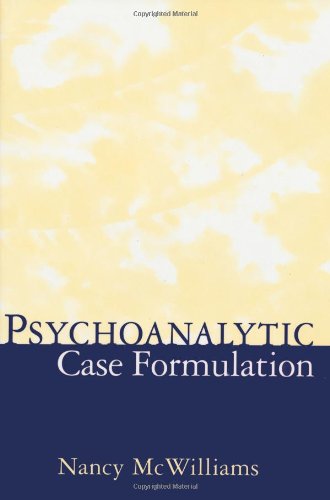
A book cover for Psychoanalytic Case Formulation; Nancy McWilliams PhD; Medical Books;